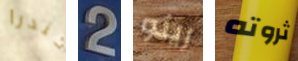
كندرا 2 رينو ثروته